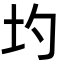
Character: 圴